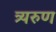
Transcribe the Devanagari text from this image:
त्र्यरुण